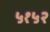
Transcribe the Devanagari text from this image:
५१५२